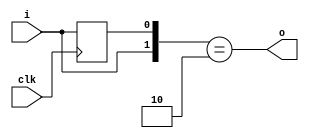
`timescale 1ns / 1ps
//////////////////////////////////////////////////////////////////////////////////
// Company: 
// Engineer: 
// 
// Design Name: 
// Module Name: r_edge_capture
// Project Name: 
// Target Devices: 
// Tool Versions: 
// Description: 
// 
// Dependencies: 
// 
// Revision:
// Revision 0.01 - File Created
// Additional Comments:
// 
//////////////////////////////////////////////////////////////////////////////////


module r_edge_capture(
input                clk,
input                i,
output               o
);


reg signal_input_d1;

always @ (posedge clk) begin
	signal_input_d1 <= i;
end 

assign o = {i, signal_input_d1} == 2'b10;

endmodule